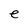
Character: e